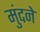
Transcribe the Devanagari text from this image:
मुंदने